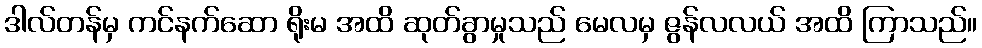
ဒါလ်တန်မှ ကင်နက်ဆော ရိုးမ အထိ ဆုတ်ခွာမှုသည် မေလမှ ဇွန်လလယ် အထိ ကြာသည်။